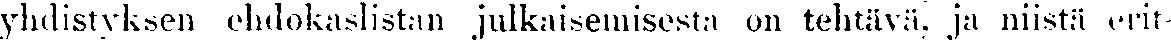
yhdistyksen ehdokaslistan julkaisemisesta on tehtävä, ja niistä erit-